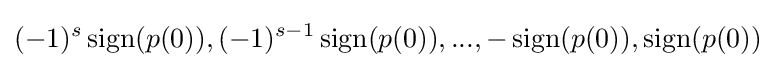
(-1)^{s}\operatorname {sign} (p(0)),(-1)^{s-1}\operatorname {sign} (p(0)),...,-\operatorname {sign} (p(0)),\operatorname {sign} (p(0))